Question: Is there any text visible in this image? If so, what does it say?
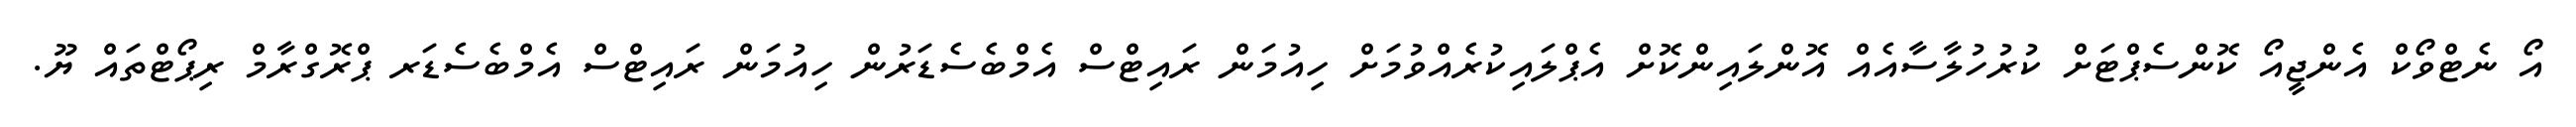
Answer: އޯ ނެޓްވޯކް އެންޖީއޯ ކޮންސެޕްޓަށް ކުރުހުލާސާއެއް އޮންލައިންކޮށް އެޕްލައިކުރެއްވުމަށް ހިއުމަން ރައިޓްސް އެމްބެސެޑަރުން ހިއުމަން ރައިޓްސް އެމްބެސެޑަރ ޕްރޮގްރާމް ރިޕޯޓްތައް ޔޫ.